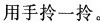
用手拎一拎。